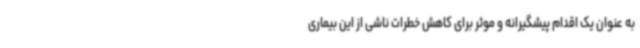
به عنوان یک اقدام پیشگیرانه و موثر برای کاهش خطرات ناشی از این بیماری